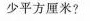
少平方厘米?